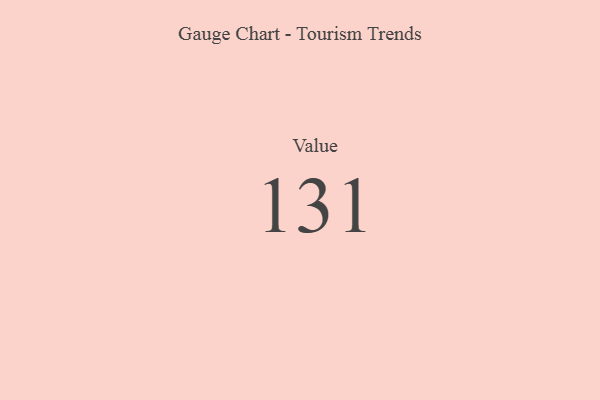
{"axis": {"x": "Metric", "y": "Value"}, "legend": [""], "data": [{"x": "Value", "y": 131, "type": ""}]}